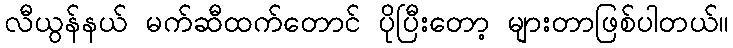
လီယွန်နယ် မက်ဆီထက်တောင် ပိုပြီးတော့ များတာဖြစ်ပါတယ်။